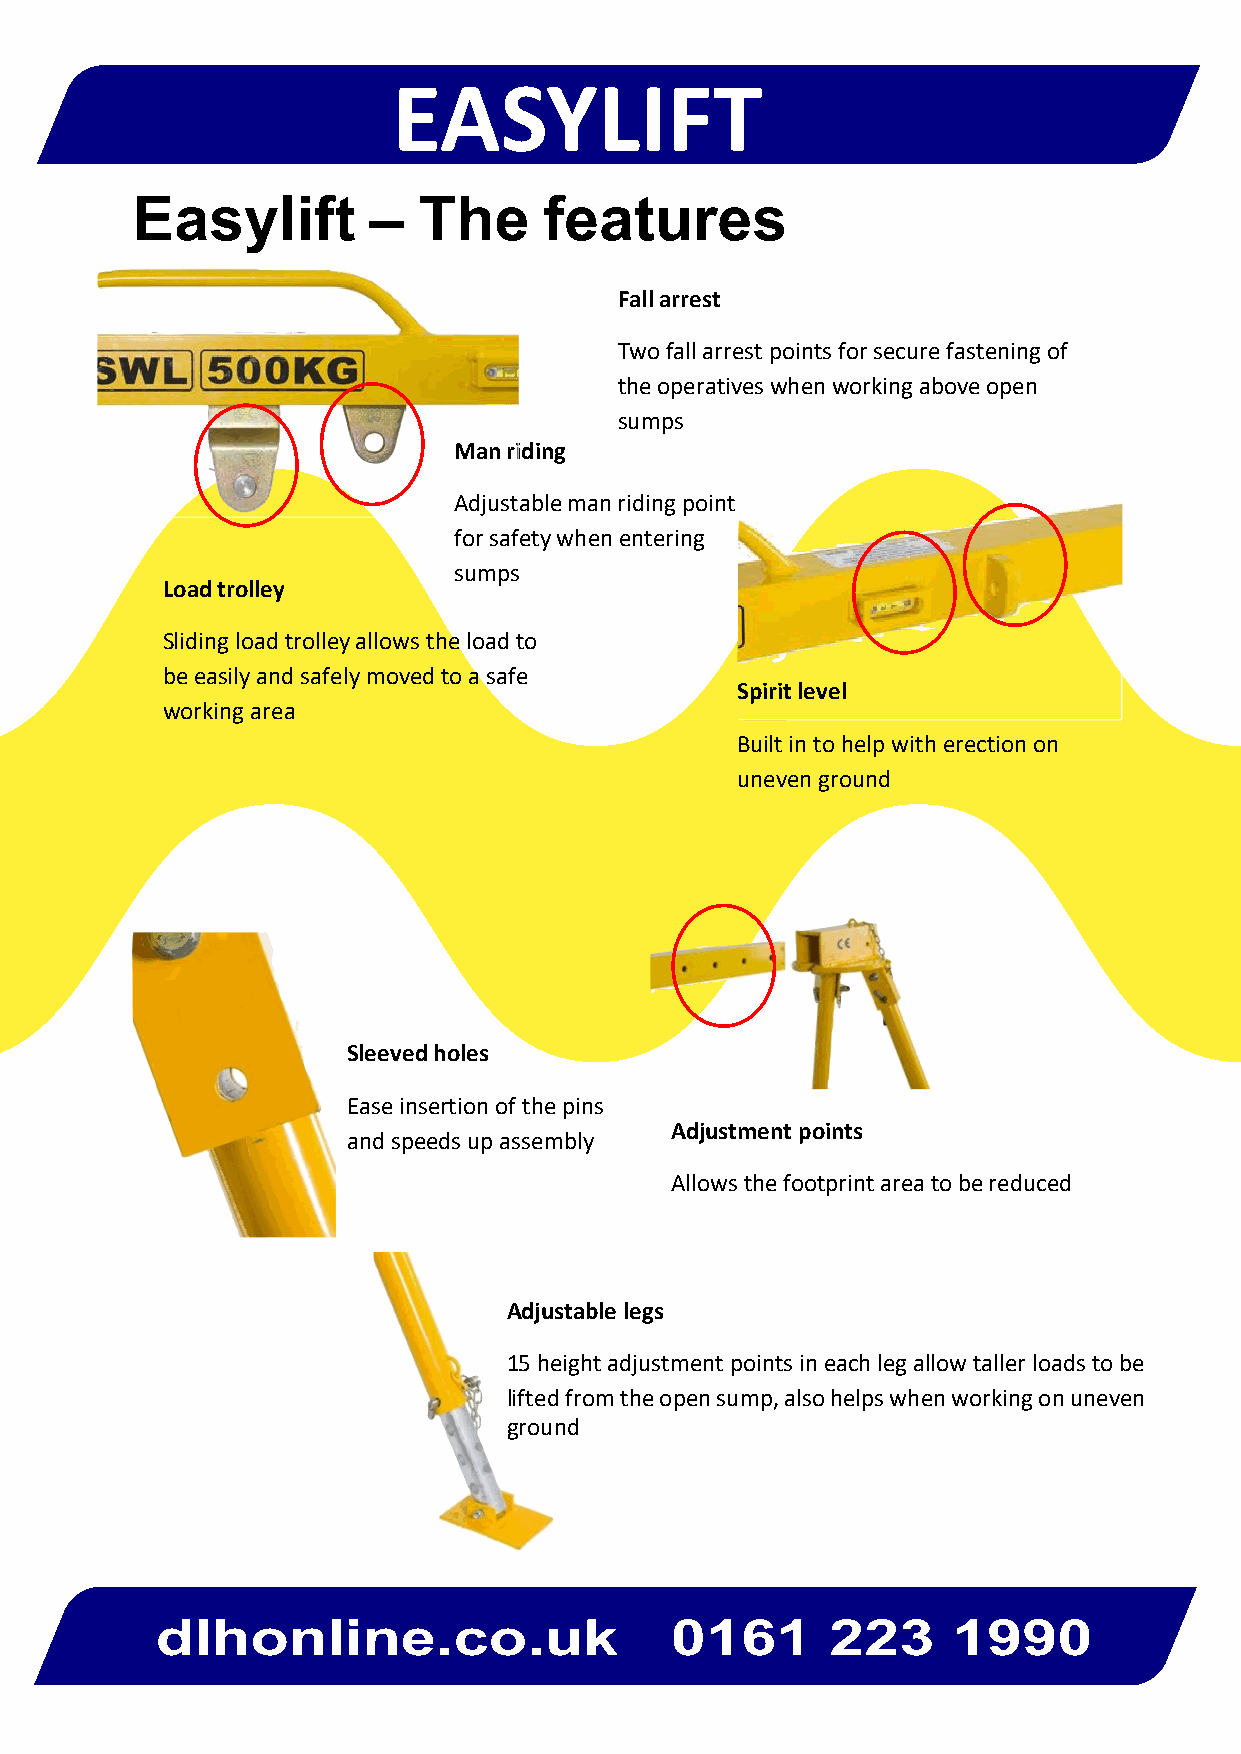
EASYLIFT
 Easylift       –   The     features
 Fall arrest
 Two fall arrest points for secure fastening of
 the operatives when working above open
 sumps
 Man riding
 Adjustable man riding point
 for safety when entering
 sumps
 Load trolley
 Sliding load trolley allows the load to
 be easily and safely moved to a safe
 Spirit level
 working area
 Built in to help with erection on
 uneven ground
 Sleeved holes
 Ease insertion of the pins
 Adjustment points
 and speeds up assembly
 Allows the footprint area to be reduced
 Adjustable legs
 15 height adjustment points in each leg allow taller loads to be
 lifted from the open sump, also helps when working on uneven
 ground
 mdelzhzobnalirnriee.rcso.c.uok.u   k 0 1 6011  6212 32 2139 910990